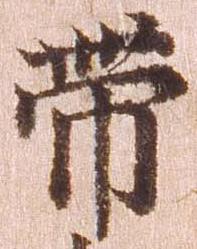
帯